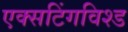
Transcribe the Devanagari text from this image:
एक्सटिंगविश्ड